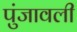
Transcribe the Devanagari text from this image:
पुंजावली